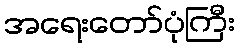
အရေးတော်ပုံကြီး